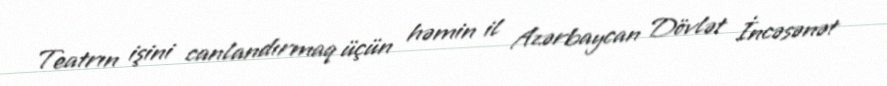
Teatrın işini canlandırmaq üçün həmin il Azərbaycan Dövlət İncəsənət